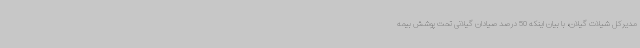
مدیرکل شیلات گیلان، با بیان اینکه 50 درصد صیادان گیلانی تحت پوشش بیمه